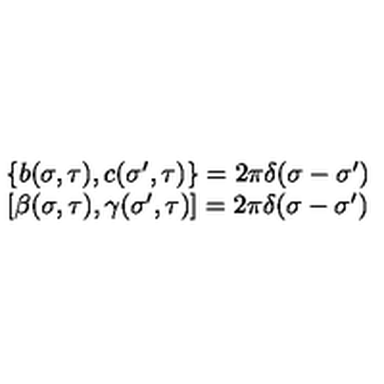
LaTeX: \begin{array} { c c } { \left\{ b ( \sigma , \tau ) , c ( { \sigma } ^ { \prime } , \tau ) \right\} = 2 \pi \delta ( \sigma - { \sigma } ^ { \prime } ) } & { } \\ { \left[ \beta ( \sigma , \tau ) , \gamma ( { \sigma } ^ { \prime } , \tau ) \right] = 2 \pi \delta ( \sigma - { \sigma } ^ { \prime } ) } & { } \\ \end{array}